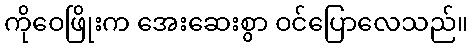
ကိုဝေဖြိုးက အေးဆေးစွာ ဝင်ပြောလေသည်။